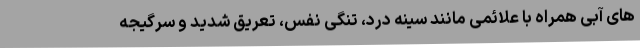
های آبی همراه با علائمی مانند سینه درد، تنگی نفس، تعریق شدید و سرگیجه